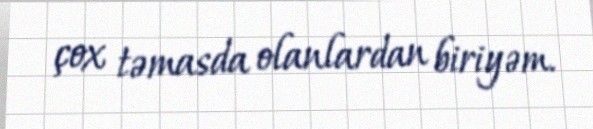
çox təmasda olanlardan biriyəm.